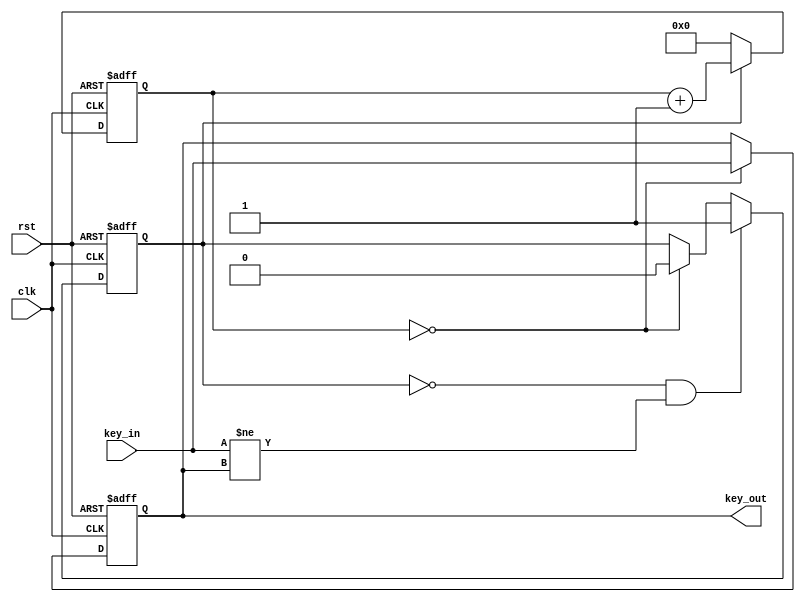
`timescale 1ns / 1ps
//////////////////////////////////////////////////////////////////////////////////
// Company: 
// Engineer: 
// 
// Design Name: 
// Module Name: btn_stable
// Project Name: 
// Target Devices: 
// Tool Versions: 
// Description: 
// 
// Dependencies: 
// 
// Revision:
// Revision 0.01 - File Created
// Additional Comments:
// 
//////////////////////////////////////////////////////////////////////////////////


module btn_stable (
    output reg key_out,
    input key_in,
    input clk,
    input rst
);
	parameter F = 1;  // 15000
	wire rst_n = ~rst;
	reg [19:0] cnt;
	reg key_cnt;

	// collect the result
	always @(posedge clk or negedge rst_n) begin
		if (rst_n == 1'b0)
			key_out <= 1'b0;
		else if (cnt == F - 1)
			key_out <= key_in;
	end
	
	// inc cnt
	always @(posedge clk or negedge rst_n) begin
		if (rst_n == 1'b0)
			cnt <= 20'h0;
		else if (key_cnt)
			cnt <= cnt + 20'h1;
		else
			cnt <= 20'h0;
	end

	always @(posedge clk or negedge rst_n) begin
		if (rst_n == 1'b0)
			key_cnt <=0;
		else if (key_cnt == 1'b0 && key_in != key_out)
			key_cnt <= 1'b1;
		else if (cnt == F - 1)
			key_cnt <= 1'b0;
	end

endmodule